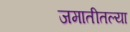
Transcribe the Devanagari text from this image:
जमातीतल्या